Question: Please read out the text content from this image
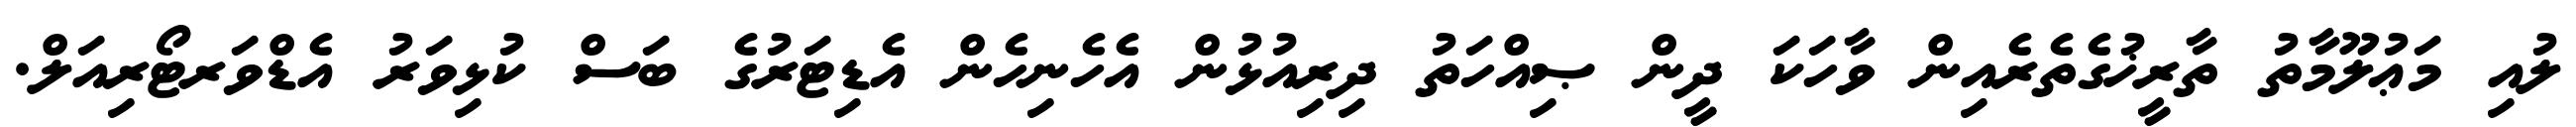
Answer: ލުއި މަޢުލޫމާތު ތާރީޚުގެތެރެއިން ވާހަކަ ދީން ޞިއްހަތު ދިރިއުޅުން އެހެނިހެން އެޑިޓަރުގެ ބަސް ކުޅިވަރު އެޑްވަރޓޯރިއަލް.